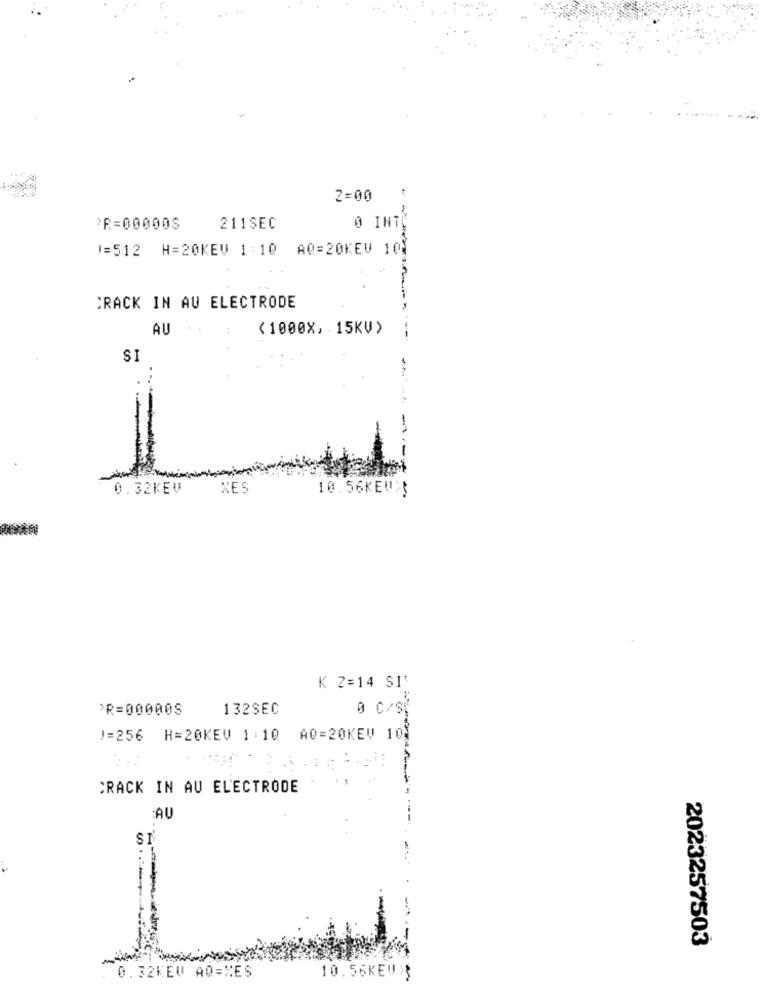
2=00
PR=00000S
211SEC
0 INT
1=512 H=20KEV 1:10 AQ=20KEV 10}
CRACK IN AU ELECTRODE
AU
( 1000X, - 15KV )
SI
0.32KEV
XES
10.56KEW>3
K 2=14 SI'
*R=00000S
132SEC
0 C/st
J=256 H=20KEV 1 : 10 AQ=20KEV 10)
. 1 :
CRACK IN AU ELECTRODE
AU
2023257503
0.32KEV AQ=XES
10.56KEUX